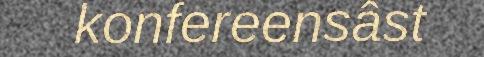
konfereensâst